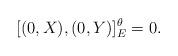
LaTeX: \begin{align*}[(0,X),(0,Y)]_{E}^{\theta} = 0.\end{align*}